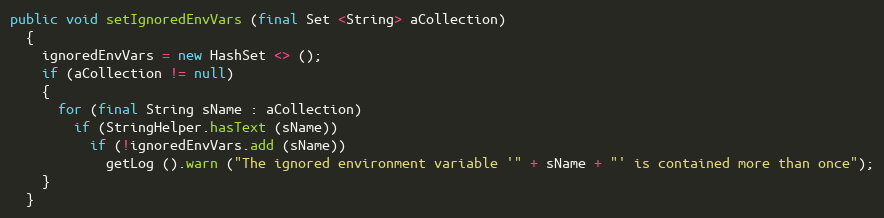
Language: Java
public void setIgnoredEnvVars (final Set <String> aCollection)
  {
    ignoredEnvVars = new HashSet <> ();
    if (aCollection != null)
    {
      for (final String sName : aCollection)
        if (StringHelper.hasText (sName))
          if (!ignoredEnvVars.add (sName))
            getLog ().warn ("The ignored environment variable '" + sName + "' is contained more than once");
    }
  }